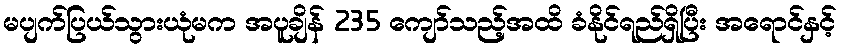
မပျက်ပြယ်သွားယုံမက အပူချိန် 235 ကျော်သည့်အထိ ခံနိုင်ရည်ရှိပြီး အရောင်နှင့်